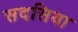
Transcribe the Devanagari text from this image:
सदसिया